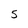
Character: 5